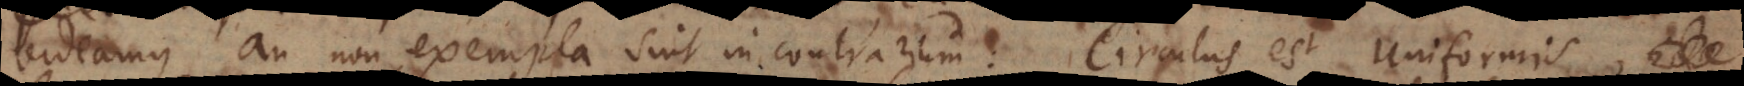
videamus an non exempla sint in contrarium: Circulus est uniformis,